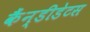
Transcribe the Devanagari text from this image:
कैंन्डीडेटस